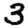
Digit: 3